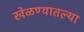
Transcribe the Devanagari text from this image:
खेळण्यातल्या